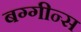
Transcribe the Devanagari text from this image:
बग्गीन्स